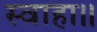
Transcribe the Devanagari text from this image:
स्वाहा॥